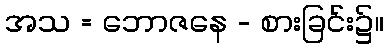
အသ = ဘောဇနေ - စားခြင်း၌။